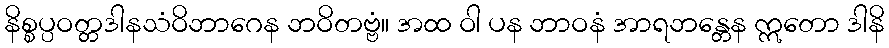
နိစ္စပ္ပဝတ္တဒါနသံဝိဘာဂေန ဘဝိတဗ္ဗံ။ အထ ဝါ ပန ဘာဝနံ အာရဘန္တေန ဣတော ဒါနိ